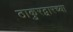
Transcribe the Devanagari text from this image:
ठाकुरद्वारच्या